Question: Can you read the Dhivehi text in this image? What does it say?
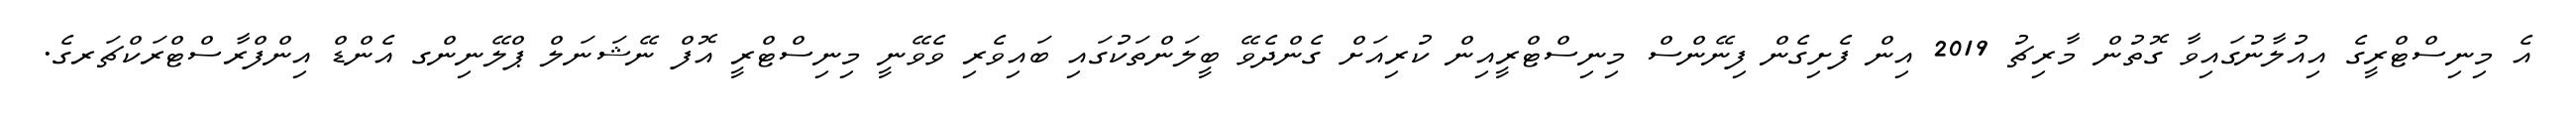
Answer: އެ މިނިސްޓްރީގެ އިއުލާނުގައިވާ ގޮތުން މާރިޗު 2019 އިން ފެށިގެން ފިނޭންސް މިނިސްޓްރީއިން ކުރިއަށް ގެންދެވޭ ބީލަންތަކުގައި ބައިވެރި ވެވޭނީ މިނިސްޓްރީ އޮފް ނޭޝަނަލް ޕްލޭނިންގ އެންޑް އިންފްރާސްޓްރަކްޗަރގެ.